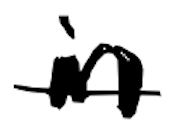
Text: in
Cross-out: single-line
Writing tool: digital_black